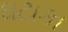
ધટાકા